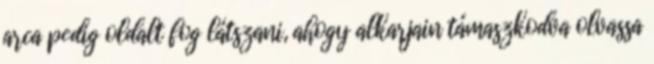
arca pedig oldalt fog látszani, ahogy alkarjain támaszkodva olvassa